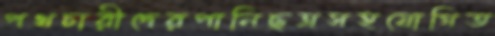
পথচারীদেরপানিছত্রসহযোগিত